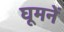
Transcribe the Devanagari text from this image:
घूमनें